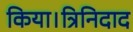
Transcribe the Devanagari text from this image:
किया।त्रिनिदाद